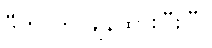
ဒီဟာကို ချန်ထားပြီးပြီ။